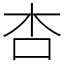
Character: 杏